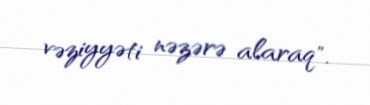
vəziyyəti nəzərə alaraq".